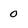
Character: 0